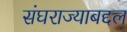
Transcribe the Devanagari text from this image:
संघराज्याबद्दल